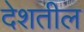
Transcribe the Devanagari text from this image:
देशतील